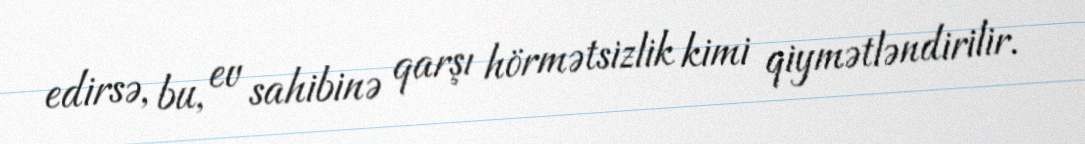
edirsə, bu, ev sahibinə qarşı hörmətsizlik kimi qiymətləndirilir.